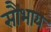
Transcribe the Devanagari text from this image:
सौभाय